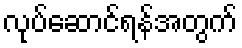
လုပ်ဆောင်ရန်အတွက်